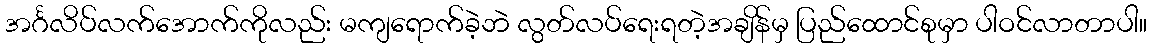
အင်္ဂလိပ်လက်အောက်ကိုလည်း မကျရောက်ခဲ့ဘဲ လွတ်လပ်ရေးရတဲ့အချိန်မှ ပြည်ထောင်စုမှာ ပါဝင်လာတာပါ။